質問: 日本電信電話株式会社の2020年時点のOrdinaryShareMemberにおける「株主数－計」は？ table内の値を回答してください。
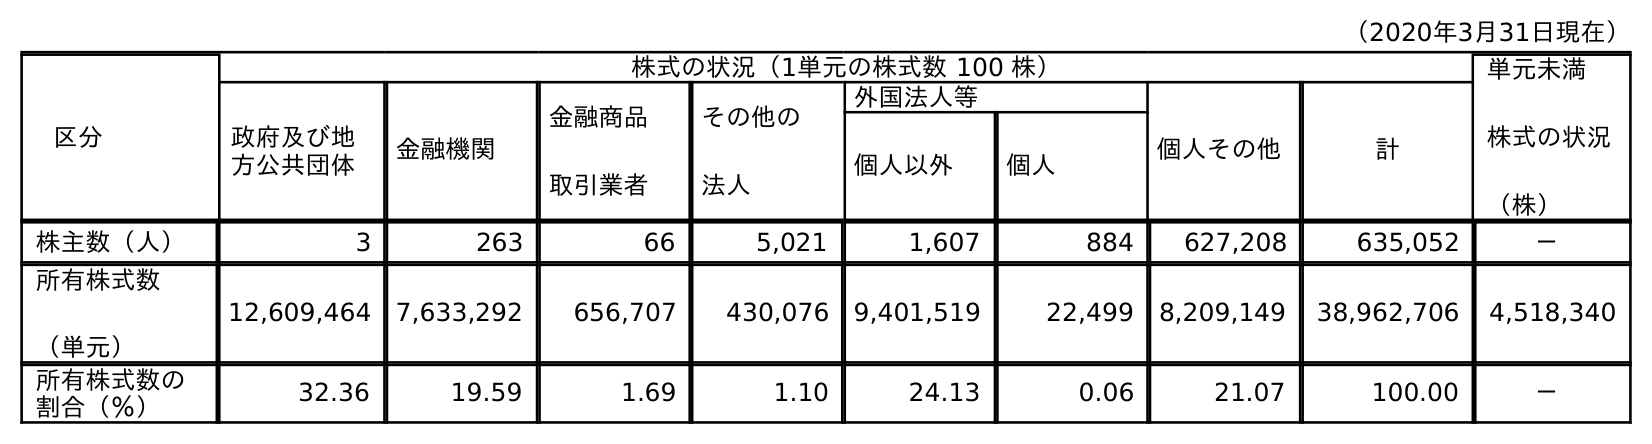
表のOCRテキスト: （2020年3月31日現在） 区分 株式の状況（1単元の株式数 100 株） 単元未満 株式の状況 （株） 政府及び地 方公共団体 金融機関 金融商品 取引業者 その他の 法人 外国法人等 個人その他 計 個人以外 個人 株主数（人） 3 263 66 5,021 1,607 884 627,208 635,052 － 所有株式数 （単元） 12,609,464 7,633,292 656,707 430,076 9,401,519 22,499 8,209,149 38,962,706 4,518,340 所有株式数の 割合（％） 32.36 19.59 1.69 1.10 24.13 0.06 21.07 100.00 －
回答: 635,052